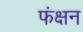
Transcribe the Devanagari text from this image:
फंक्षन